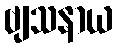
ဗျသနာယ